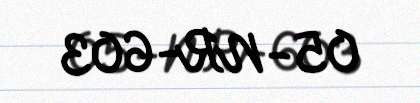
05-NR-603